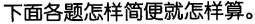
下面各题怎样简便就怎样算。